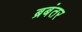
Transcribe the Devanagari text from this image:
ब्रबंतर